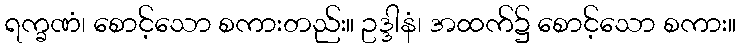
ရက္ခဏံ၊ စောင့်သော စကားတည်း။ ဥဒ္ဒါနံ၊ အထက်၌ စောင့်သော စကား။